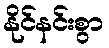
နိုင်နင်းစွာ